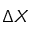
{ \mit \Delta } X